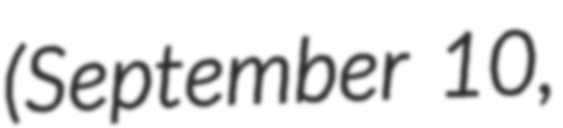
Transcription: (September 10,